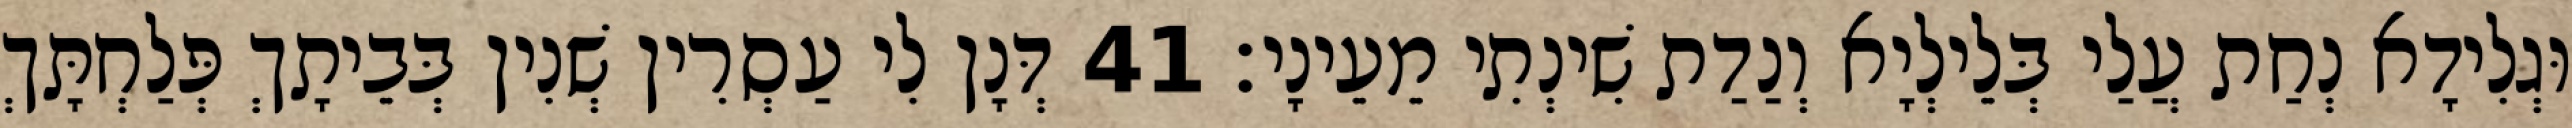
וּגְלִידָא נְחַת עֲלַי בְּלֵילְיָא וְנַדַת שִׁינְתִי מֵעֵינָי׃ 41 דְּנָן לִי עַסְרִין שְׁנִין בְּבֵיתָךְ פְּלַחְתָּךְ